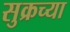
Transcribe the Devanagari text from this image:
सुक्रच्या